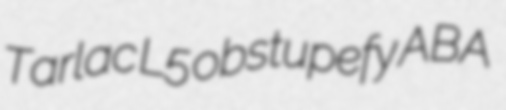
Tarlac L5 obstupefy ABA